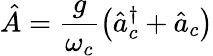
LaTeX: \hat{A}=\frac{g}{\omega_{c}}\left(\hat{a}_{c}^{\dagger}+\hat{a}_{c}\right)